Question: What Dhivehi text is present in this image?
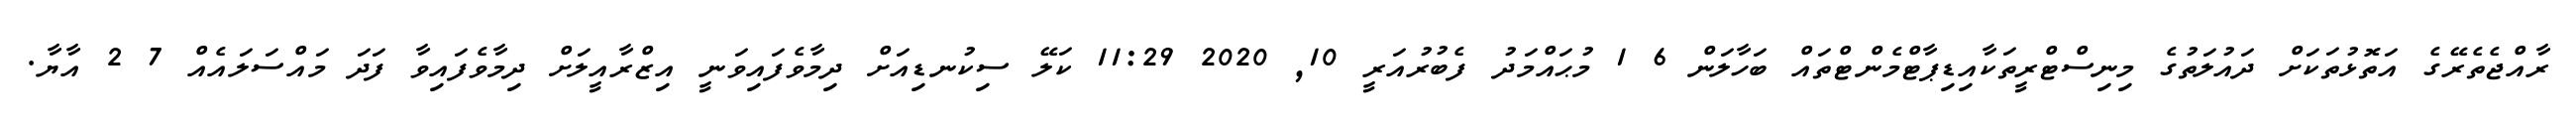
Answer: ރާއްޖެތެރޭގެ އަތޮޅުތަކަށް ދައުލަތުގެ މިނިސްޓްރީތަކާއިޑިޕާޓްމެންޓްތައް ބަހާލަން 6 1 މުޙައްމަދު ފެބުރުއަރީ 10, 2020 11:29 ކަލޭ ސިކުނޑިއަށް ދިމާވެފައިވަނީ އިޒްރާއީލަށް ދިމާވެފައިވާ ފަދަ މައްސަލައެއް 7 2 އާޔާ.